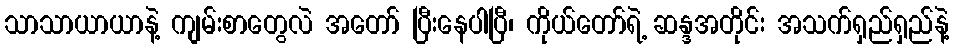
သာသာယာယာနဲ့ ကျမ်းစာတွေလဲ အတော် ပြီးနေပါပြီ၊ ကိုယ်တော်ရဲ့ ဆန္ဒအတိုင်း အသက်ရှည်ရှည်နဲ့